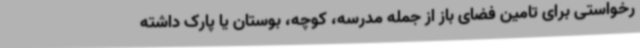
رخواستی برای تامین فضای باز از جمله مدرسه، کوچه، بوستان یا پارک داشته